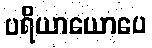
ပရိယာယောပေ